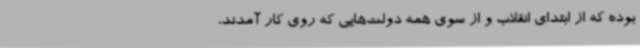
بوده که از ابتدای انقلاب و از سوی همه دولت‌هایی که روی کار آمدند،